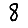
Digit: 8